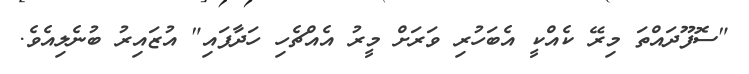
"ސޮފޫދައްތަ މިރޭ ކެއްކީ އެބަހުރި ވަރަށް މީރު އެއްޗެހި ހަދާފައި" އުޒައިރު ބުނެލިއެވެ.